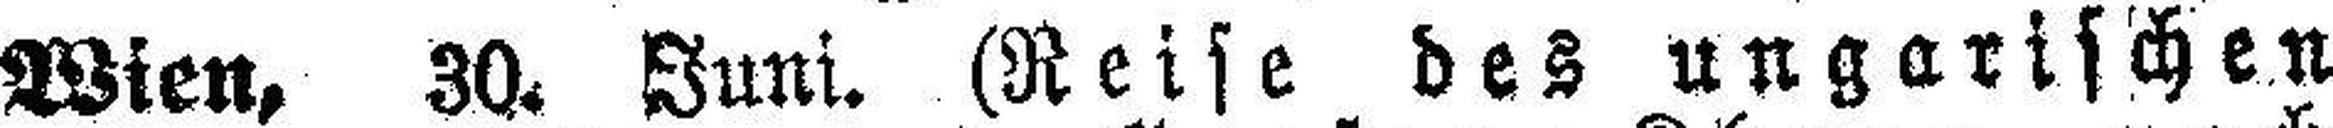
Wien, 30. Juni. (Reise des ungarischen